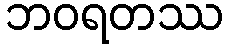
ဘဝရတဿ